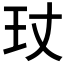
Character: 𤣸